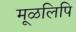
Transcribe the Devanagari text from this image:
मूळलिपि